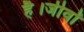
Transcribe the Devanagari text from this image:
है।जीवों